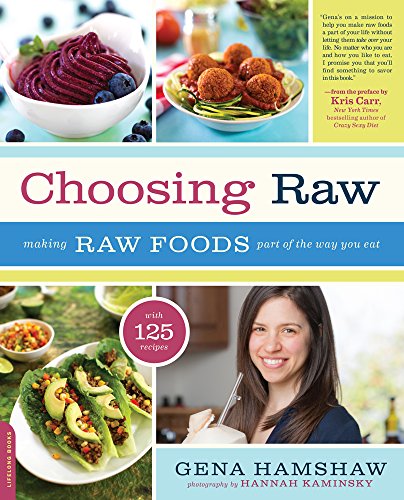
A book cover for Choosing Raw: Making Raw Foods Part of the Way You Eat; Gena Hamshaw; Cookbooks, Food & Wine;